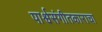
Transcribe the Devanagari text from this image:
पार्श्वसंगीतकाराचा